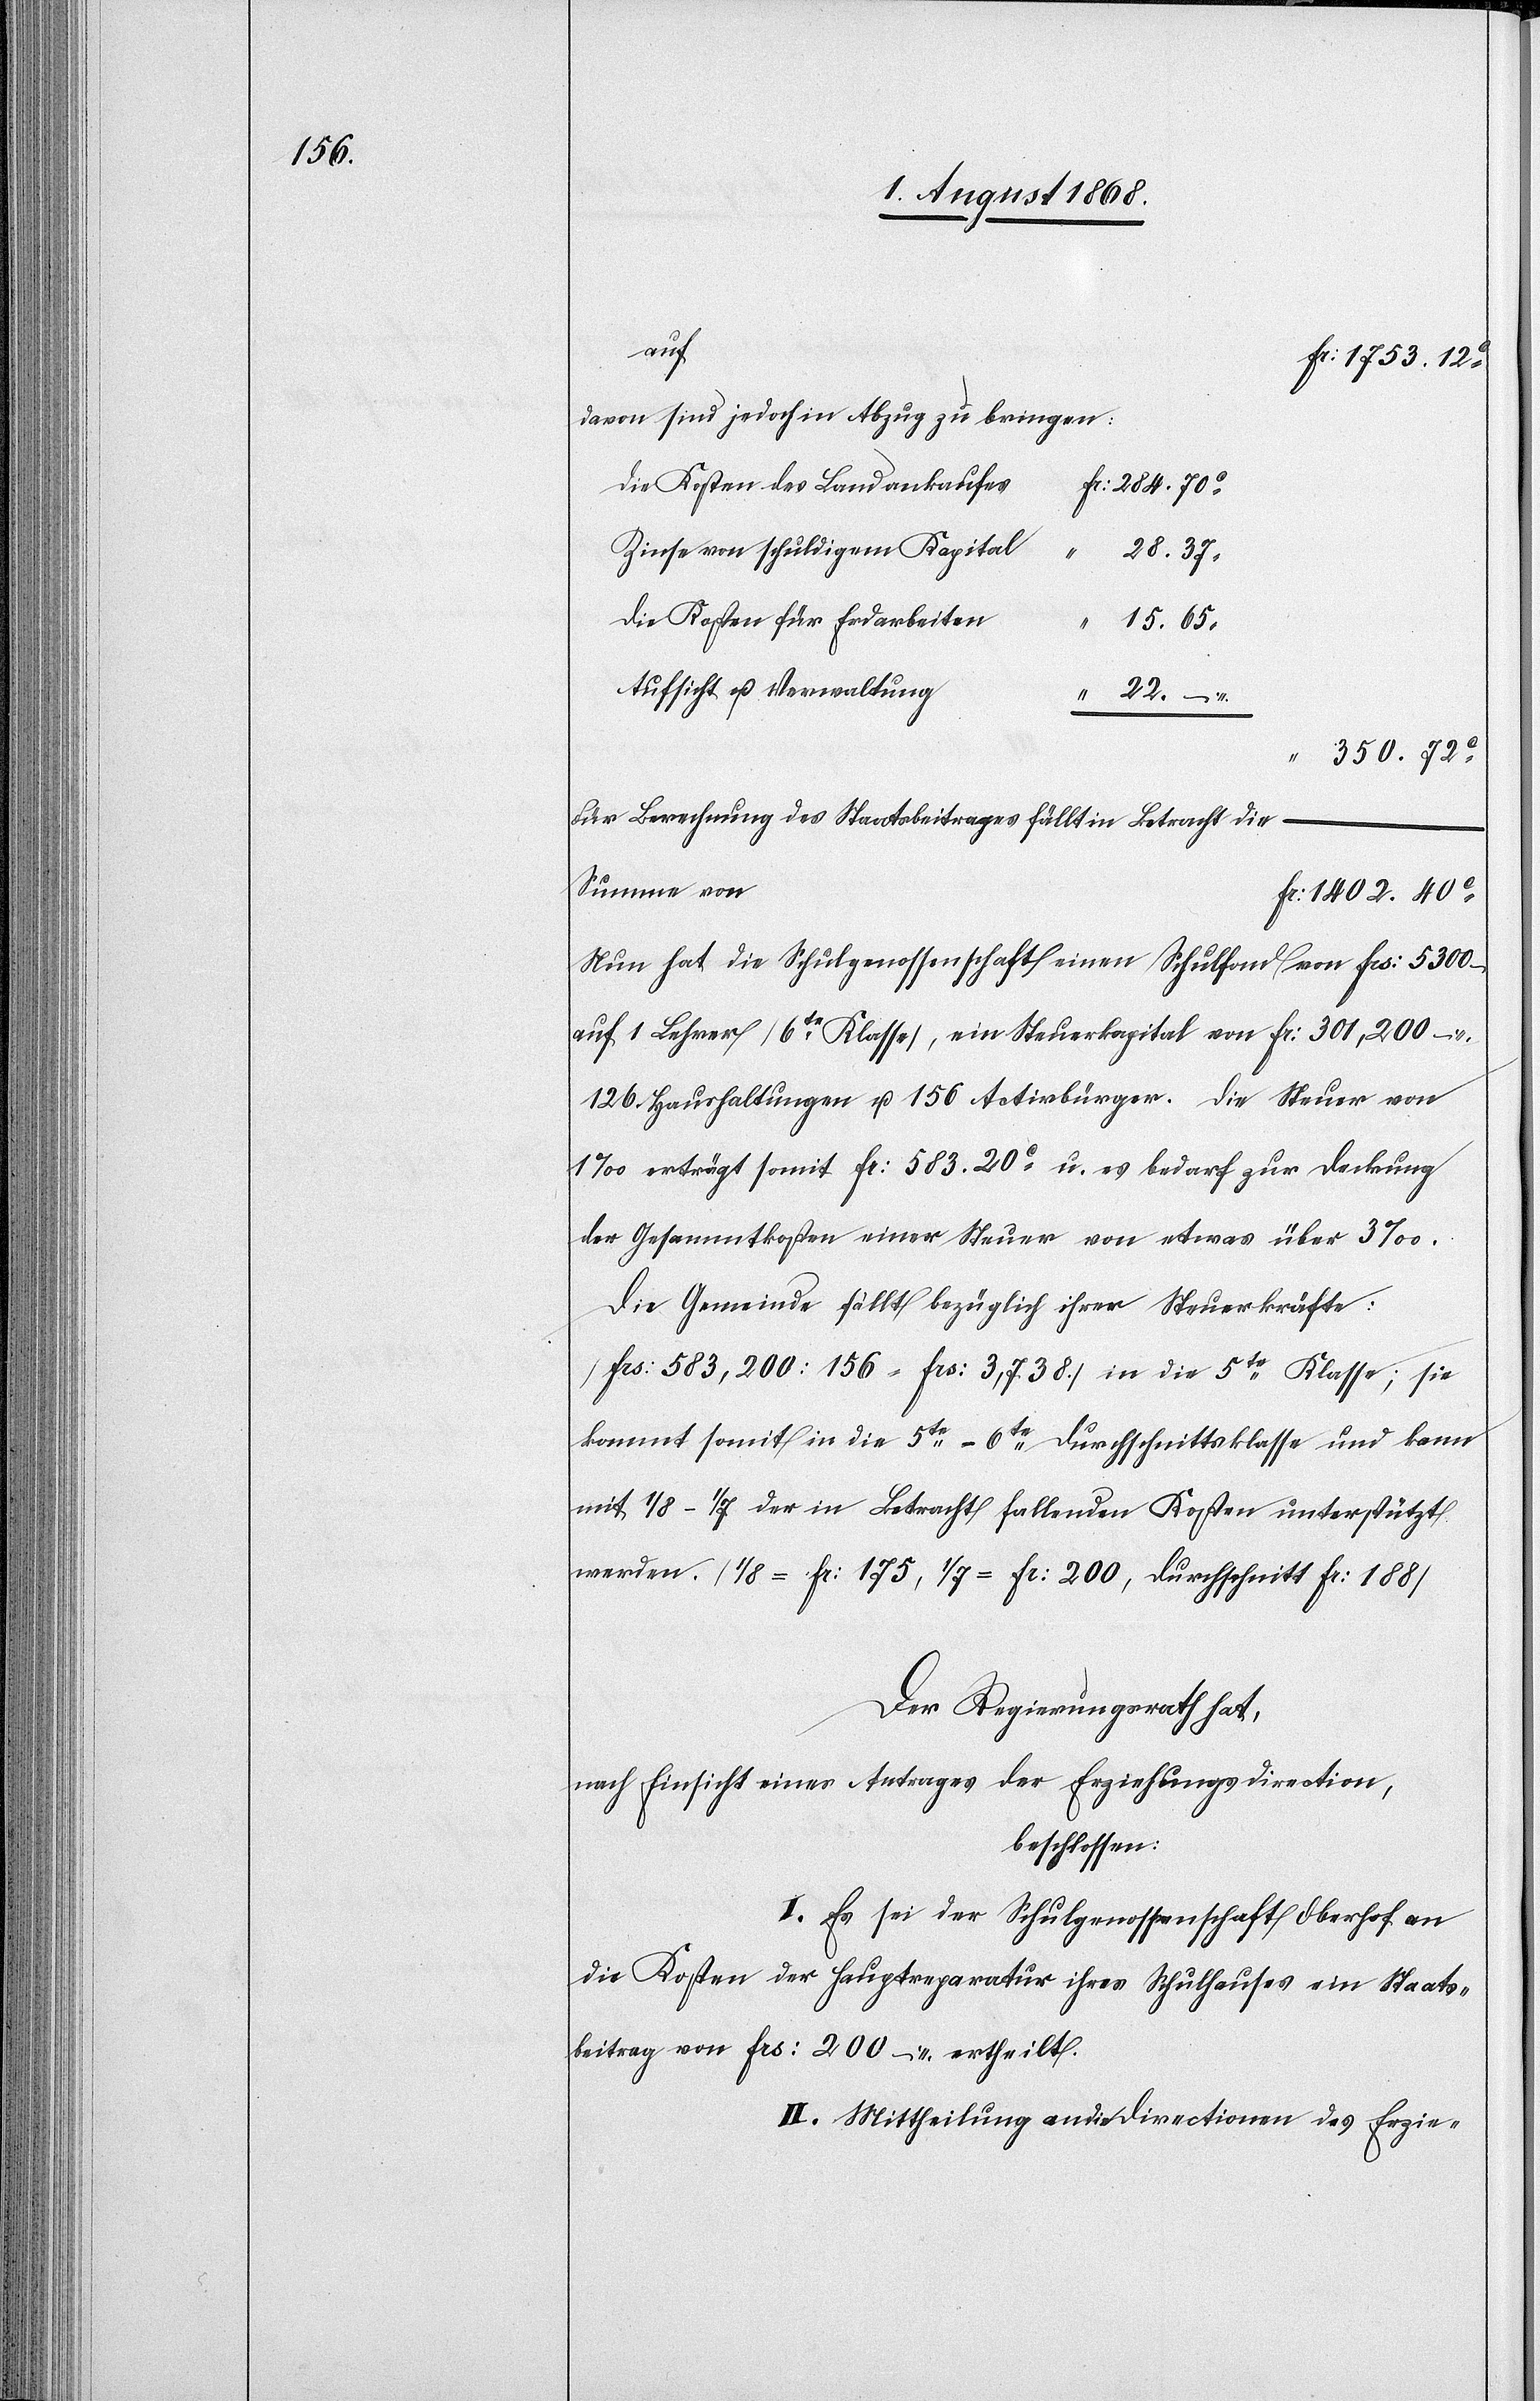
auf
Fr: 1753. 12c
davon sind jedoch in Abzug zu bringen:
die Kosten des Landankaufes
Fr: 284. 70c
Zinse von schuldigem Kapital
“
28. 37
die Kosten für Erdarbeiten
15. 65
Aufsicht u. Verwaltung
“ 22. –
350. 72c
Für Berechnung des Staatsbeitrages fällt in Betracht die
Summe von
Fr. 1402. 40c
Nun hat die Schulgenossenschaft einen Schulfond von Frs: 5300 –
auf 1 Lehrer [6te Klasse], ein Steuerkapital von Fr: 301,200 –,
126 Haushaltungen u. 156 Activbürger. Die Steuer von
1‰ erträgt somit Fr: 583. 20c u. es bedarf zur Deckung
der Gesammtkosten einer Steuer von etwas über 3‰.
Die Gemeinde fällt bezüglich ihrer Steuerkräfte:
[Frs: 583,200 : 156 = Frs: 3,738.] in die 5te Klasse; sie
kommt somit in die 5te–6te Durchschnittsklasse und kann
mit 1/8–1/7 der in Betracht fallenden Kosten unterstützt
werden. [1/8 = Fr: 175, 1/7 = Fr: 200, Durchschnitt Fr: 188]
Der Regierungsrath hat,
nach Einsicht eines Antrages der Erziehungsdirection,
beschlossen:
I. Es sei der Schulgenossenschaft Oberhof an
die Kosten der Hauptreparatur ihres Schulhauses ein Staats¬
beitrag von Frs: 200 – ertheilt.
II. Mittheilung an die Directionen des Erzie-